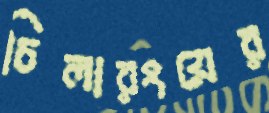
চিলারংয়ের